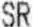
SR